Scottish Leaving Certificate Examination, 1960
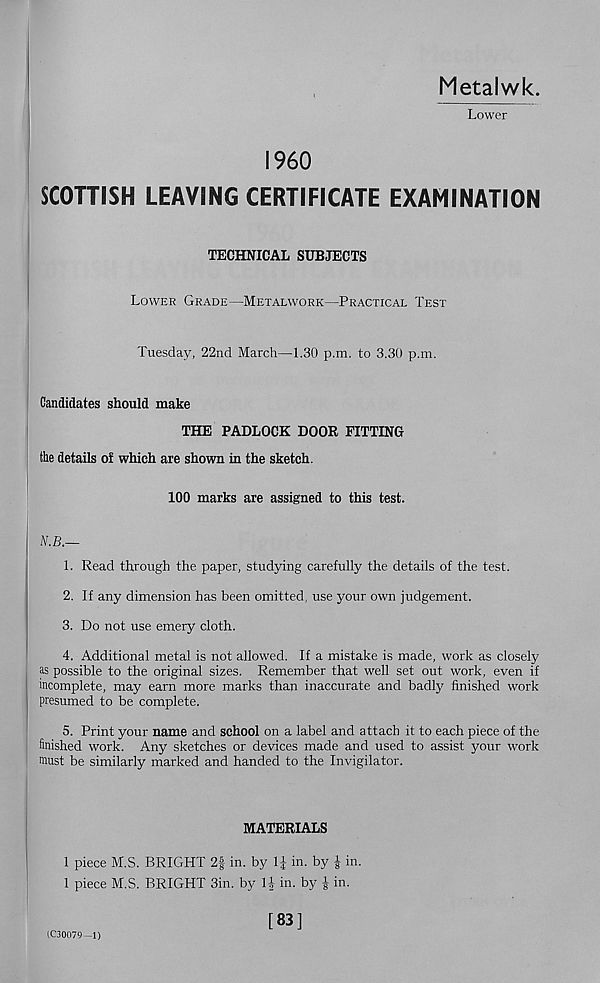
Metalwk.
Lower
I960
SCOTTISH LEAVING CERTIFICATE EXAMINATION
TECHNICAL SUBJECTS
Lower Grade—Metalwork—Practical Test
Tuesday, 22nd March—1.30 p.m. to 3.30 p.m.
Candidates should make
THE PADLOCK DOOR FITTING
the details of which are shown in the sketch.
100 marks are assigned to this test.
N.B.—
1. Read through the paper, studying carefully the details of the test.
2. If any dimension has been omitted, use your own judgement.
3. Do not use emery cloth.
4. Additional metal is not allowed. If a mistake is made, work as closely
as possible to the original sizes. Remember that well set out work, even if
incomplete, may earn more marks than inaccurate and badly finished work
presumed to be complete.
5. Print your name and school on a label and attach it to each piece of the
finished work. Any sketches or devices made and used to assist your work
must be similarly marked and handed to the Invigilator.
MATERIALS
1 piece M.S. BRIGHT 2| in. by 1£ in. by | in.
1 piece M.S. BRIGHT 3in. by II in. by | in.
(C30079-1)
[83]